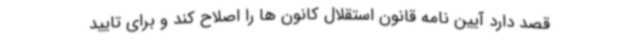
قصد دارد آیین نامه قانون استقلال کانون ها را اصلاح کند و برای تایید